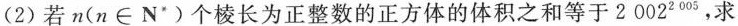
(2)若n(n\in N*)个棱长为正整数的正方体的体积之和等于2020^{2005}，求